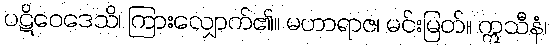
ပဋိဝေဒေသိ၊ ကြားလျှောက်၏။ မဟာရာဇ၊ မင်းမြတ်။ ဣသီနံ၊